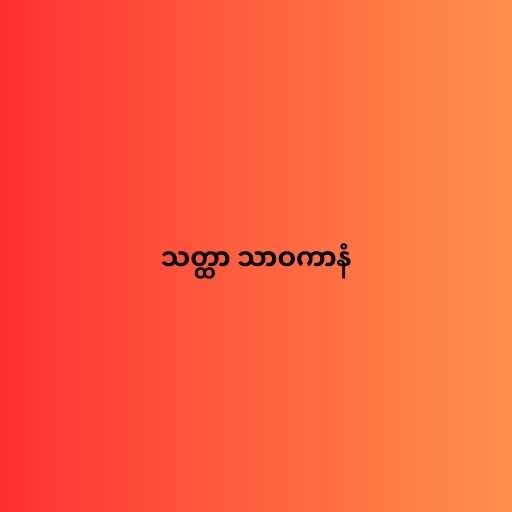
သတ္ထာ သာဝကာနံ